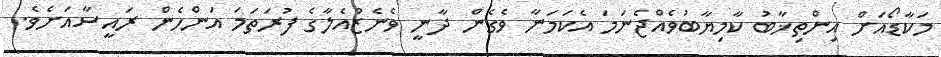
މަކާޑޯއަށް އިންތިޚާބު ކާމިޔާބުވެއްޖެނަމަ އެކަމަނާ ވެގެން ދާނީ ވެނެޒުއެލާގެ ފުރަތަމަ އަންހެން ރައީސާއަށެވެ.